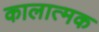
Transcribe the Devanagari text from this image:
कालात्मक